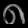
Digit: ၈